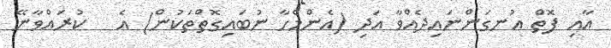
އާއި ފޮތް އުނގަންނައިދެއްވާ އަދި (އެންމެހާ ނުބައިގޮތްތަކުން) އެ   ކުރައްވާނޭ